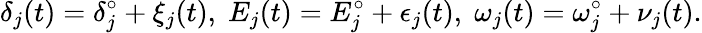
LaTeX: \delta_{j}(t)=\delta_{j}^{\circ}+\xi_{j}(t),\; E_{j}(t)=E_{j}^{\circ}+\epsilon_{j}(t),\; \omega_{j}(t)=\omega_{j}^{\circ}+\nu_{j}(t).